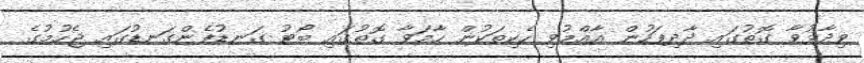
ވިދާޅުވާ ގޮތުގައި ދާދިފަހުން އާއްމުވި ހެކިތަކުން ހާމަވާ ގޮތުގައި ބޯޓު ގަނޑުފެންގަނޑުގައި ޖެހުމުގެ